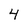
Character: 4